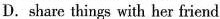
D.share things with her friend